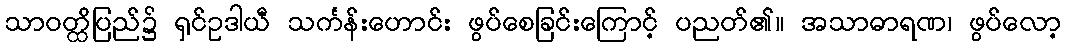
သာဝတ္ထိပြည်၌ ရှင်ဥဒါယီ သင်္ကန်းဟောင်း ဖွပ်စေခြင်းကြောင့် ပညတ်၏။ အသာဓာရဏ၊ ဖွပ်လော့